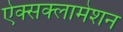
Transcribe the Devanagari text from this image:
ऐक्सक्लामेशन